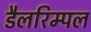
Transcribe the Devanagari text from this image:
डैलरिम्पल